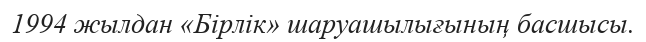
1994 жылдан «Бірлік» шаруашылығының басшысы.